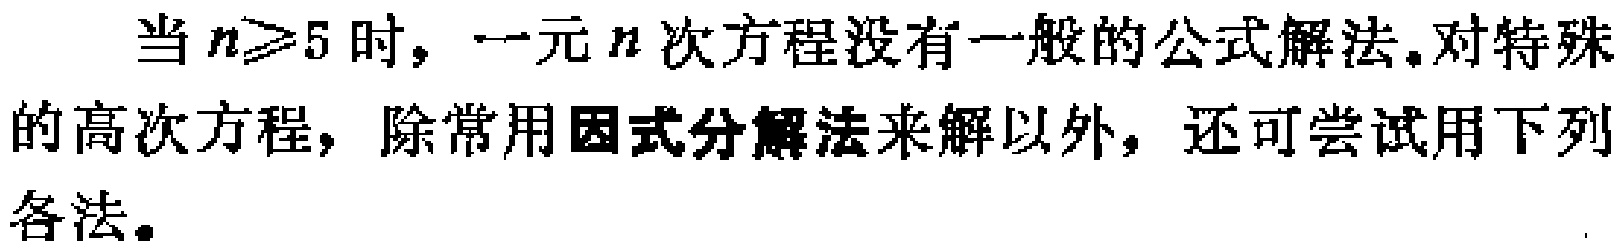
当 \(n\geq5\) 时，一元 \(n\) 次方程没有一般的公式解法。对特殊的高次方程，除常用因式分解法来解以外，还可尝试用下列各法。